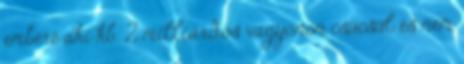
emberé aki kb. 2 milliárdos vagyonon csücsül és nem